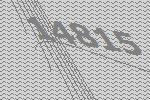
14815